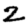
Digit: 2